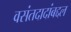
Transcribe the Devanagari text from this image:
वसंतदादांबद्दल